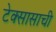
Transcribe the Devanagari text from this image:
टेक्सासाची